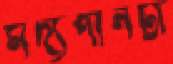
মদ্যপানটা